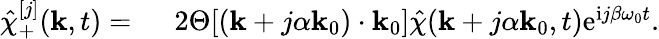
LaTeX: \begin{array}{rl}{\hat{\chi}_{+}^{[j]}(\mathbf{k},t)=~}&{{}2\Theta[(\mathbf{k}+j\alpha\mathbf{k}_{0})\cdot\mathbf{k}_{0}]\hat{\chi}(\mathbf{k}+j\alpha\mathbf{k}_{0},t)\mathrm{e}^{\mathrm{i}j\beta\omega_{0}t}.}\end{array}